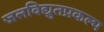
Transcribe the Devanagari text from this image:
जलविद्युतप्रकल्प